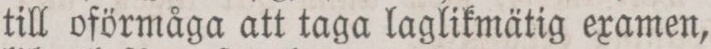
till oförmåga att taga laglikmätig examen,